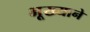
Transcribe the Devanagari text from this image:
भूख्याने